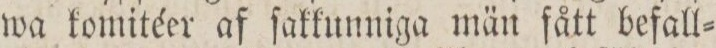
wa komitéer af ſakkunniga män fått befall=